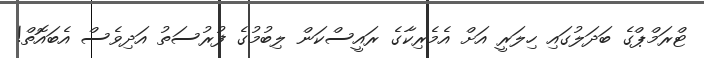
ޓްރަމްޕްގެ ބަދަލުގައި ހިލަރީ އަށް އެމެރިކާގެ ރައީސްކަން ލިބުމުގެ ފުރުސަތު އަދިވެސް އެބައޮތް!